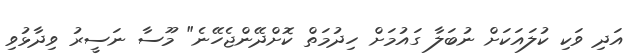
އަދި ވަކި ކުލައަކަށް ނުބަލާ ގައުމަށް ހިދުމަތް ކޮށްދޭންޖެހޭނެ" މޫސާ ނަސީރު ވިދާޅުވި